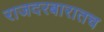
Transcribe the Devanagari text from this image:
राजदरबारातच